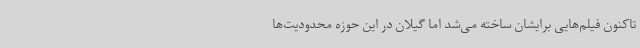
تاکنون فیلم‌هایی برایشان ساخته می‌شد اما گیلان در این حوزه محدودیت‌ها